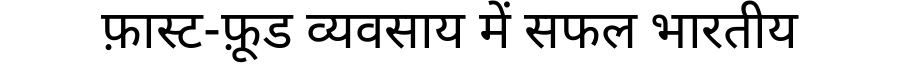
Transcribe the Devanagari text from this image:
फ़ास्ट-फ़ूड व्यवसाय में सफल भारतीय